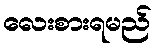
လေးစားရမည်